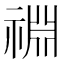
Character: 䄗